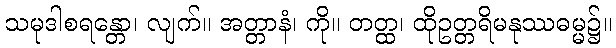
သမုဒါစရန္တော၊ လျက်။ အတ္တာနံ၊ ကို။ တတ္ထ၊ ထိုဥတ္တရိမနုဿဓမ္မ၌။